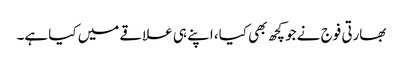
بھارتی فوج نے جو کچھ بھی کیا، اپنے ہی علاقے میں کیا ہے۔